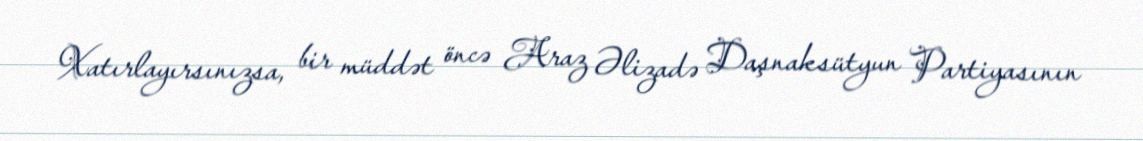
Xatırlayırsınızsa, bir müddət öncə Araz Əlizadə Daşnaksütyun Partiyasının